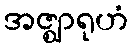
အဇ္ဈာရုဟံ